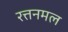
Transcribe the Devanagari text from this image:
रत्तनमल